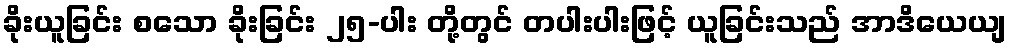
ခိုးယူခြင်း စသော ခိုးခြင်း ၂၅-ပါး တို့တွင် တပါးပါးဖြင့် ယူခြင်းသည် အာဒိယေယျ